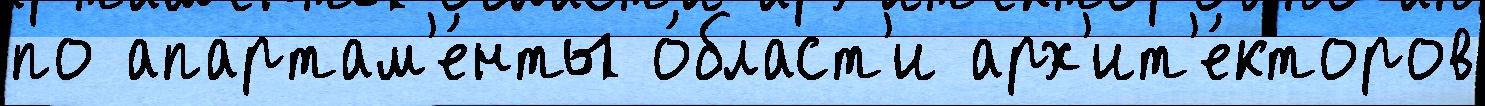
по апартам'е́нты о́бласт'и арх'ит'е́кторов